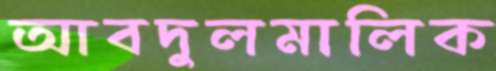
আবদুলমালিক